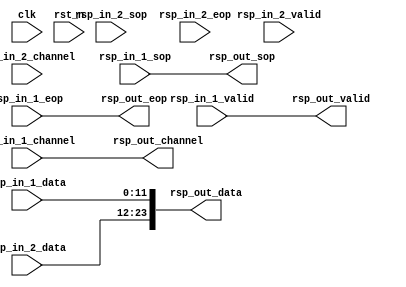
// (C) 2001-2017 Intel Corporation. All rights reserved.
// Your use of Intel Corporation's design tools, logic functions and other 
// software and tools, and its AMPP partner logic functions, and any output 
// files from any of the foregoing (including device programming or simulation 
// files), and any associated documentation or information are expressly subject 
// to the terms and conditions of the Intel Program License Subscription 
// Agreement, Intel FPGA IP License Agreement, or other applicable 
// license agreement, including, without limitation, that your use is for the 
// sole purpose of programming logic devices manufactured by Intel and sold by 
// Intel or its authorized distributors.  Please refer to the applicable 
// agreement for further details.


// synthesis translate_off
`timescale 1ns / 1ps
// synthesis translate_on

module altera_modular_adc_response_merge (
    input               clk,
    input               rst_n,
    input               rsp_in_1_valid,
    input [4:0]         rsp_in_1_channel,
    input [11:0]        rsp_in_1_data,
    input               rsp_in_1_sop,
    input               rsp_in_1_eop,
    input               rsp_in_2_valid,
    input [4:0]         rsp_in_2_channel,
    input [11:0]        rsp_in_2_data,
    input               rsp_in_2_sop,
    input               rsp_in_2_eop,

    output              rsp_out_valid,
    output [4:0]        rsp_out_channel,
    output [23:0]       rsp_out_data,
    output              rsp_out_sop,
    output              rsp_out_eop
);

//--------------------------------------------------------------------------------------------------//
// rsp_in_1_valid and rsp_in_2_valid is guaranteed to be assert/de-assert at the same time (design
// requirement) of the dual adc synchronization in the control core
// Except data, other signal roles of response 1 and 2 is same
//--------------------------------------------------------------------------------------------------//
assign rsp_out_valid        = rsp_in_1_valid;
assign rsp_out_channel      = rsp_in_1_channel;
assign rsp_out_data         = {rsp_in_2_data, rsp_in_1_data};
assign rsp_out_sop          = rsp_in_1_sop;
assign rsp_out_eop          = rsp_in_1_eop;


endmodule